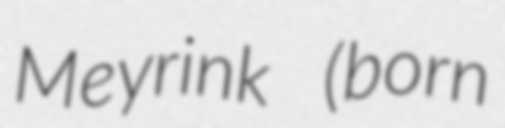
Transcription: Meyrink (born